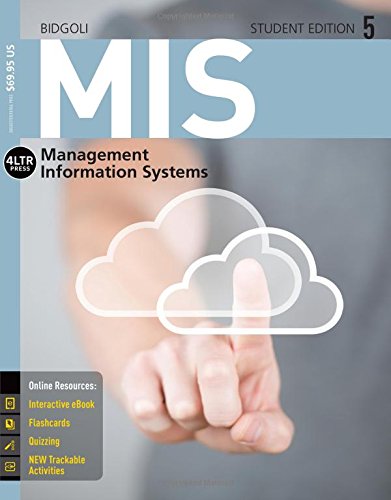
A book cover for MIS 5 (with CourseMate, 1 term (6 months) Printed Access Card) (New, Engaging Titles from 4LTR Press); Hossein Bidgoli; Engineering & Transportation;